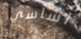
اساسي